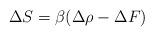
LaTeX: \begin{align*}\Delta S = \beta (\Delta \rho - \Delta F) \end{align*}